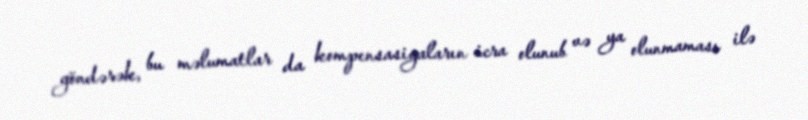
göndərək, bu məlumatlar da kompensasiyaların icra olunub və ya olunmaması ilə